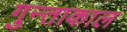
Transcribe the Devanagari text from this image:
गुन्ताकाल